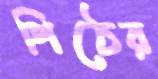
পিঠের